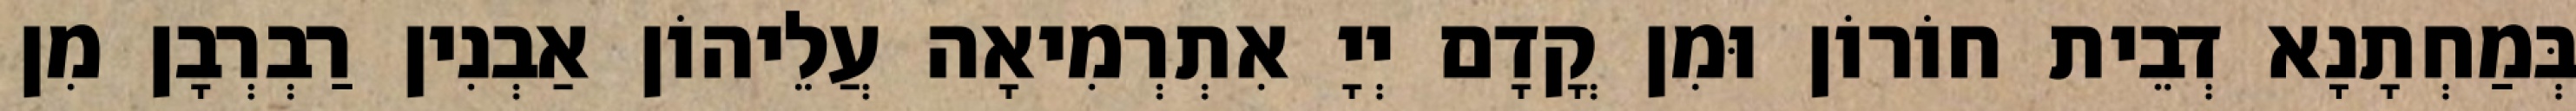
בְּמַחְתָנָא דְבֵית חוֹרוֹן וּמִן קֳדָם יְיָ אִתְרְמִיאָה עֲלֵיהוֹן אַבְנִין רַבְרְבָן מִן